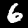
Digit: 6